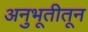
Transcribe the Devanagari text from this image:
अनुभूतीतून